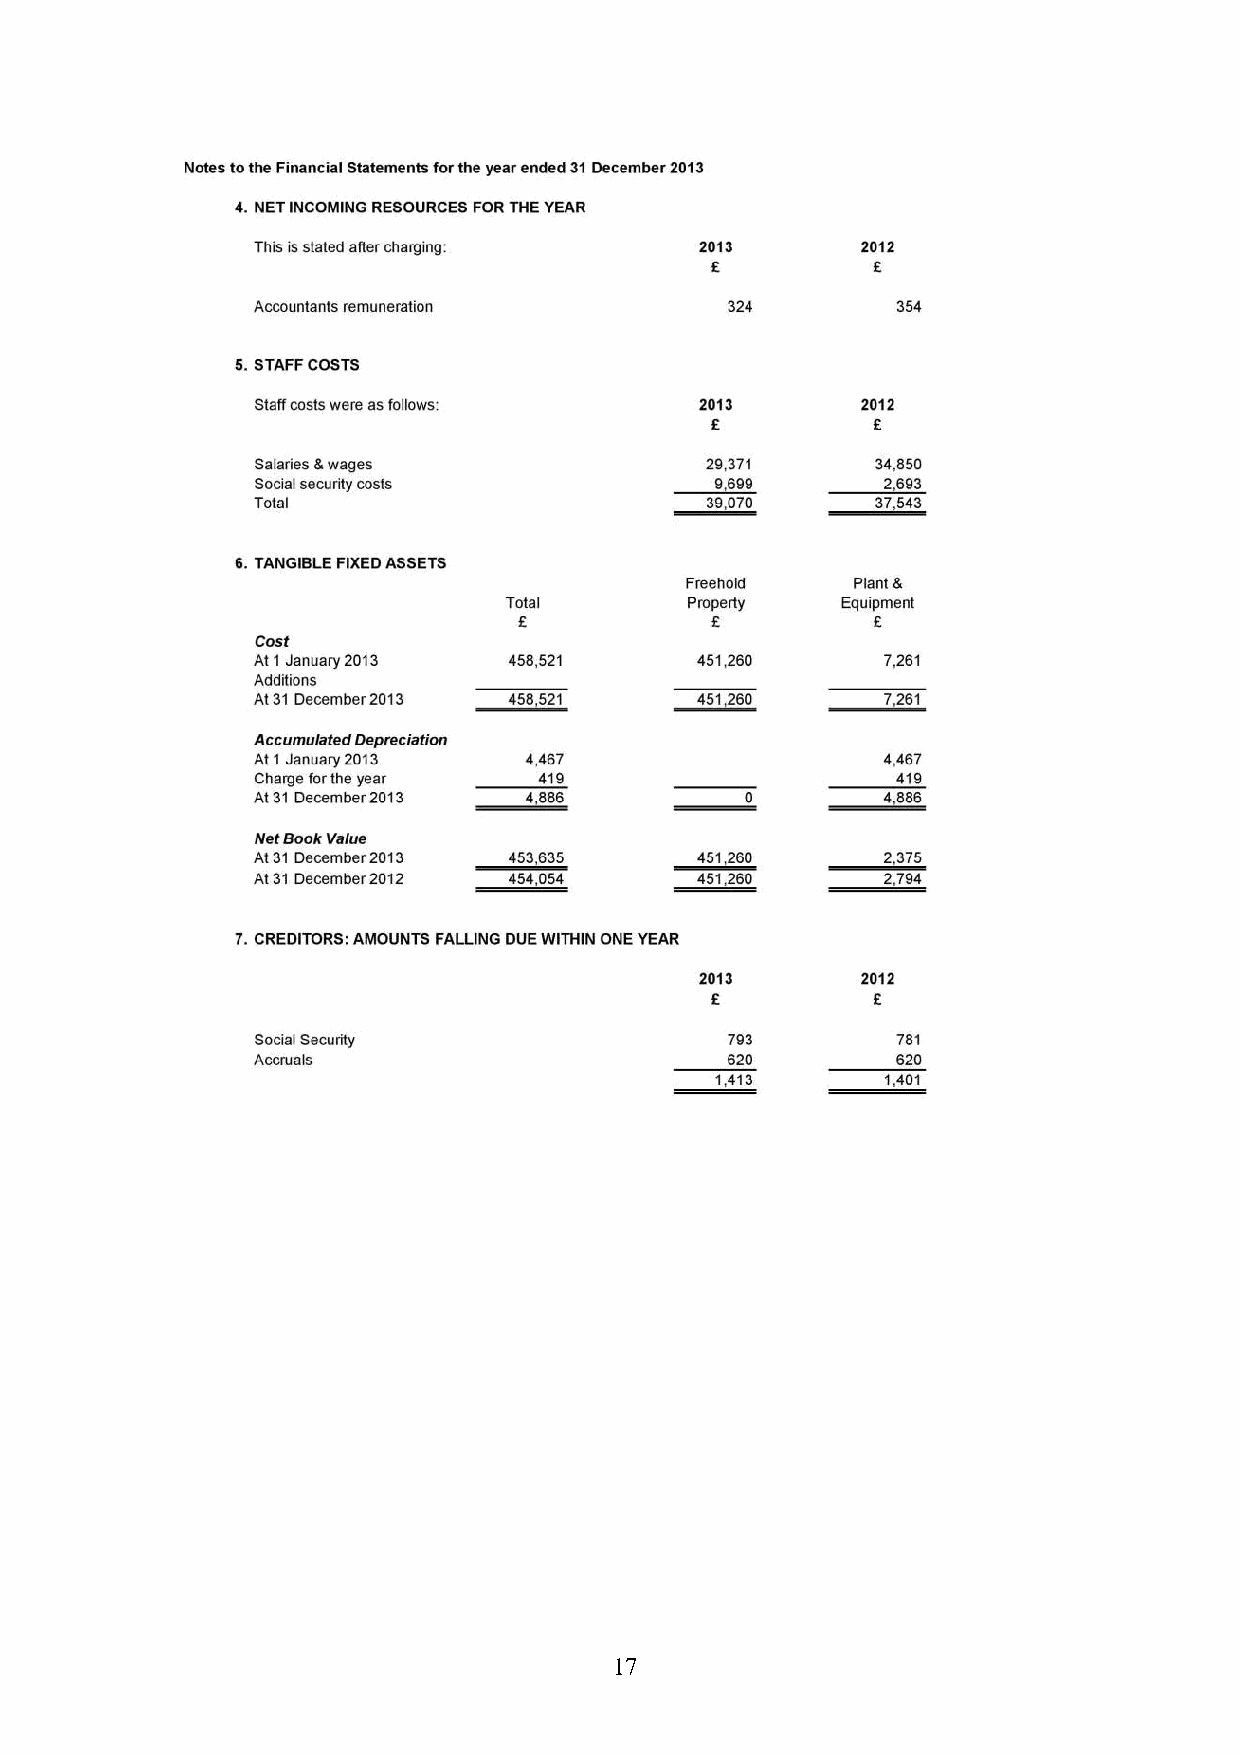
17